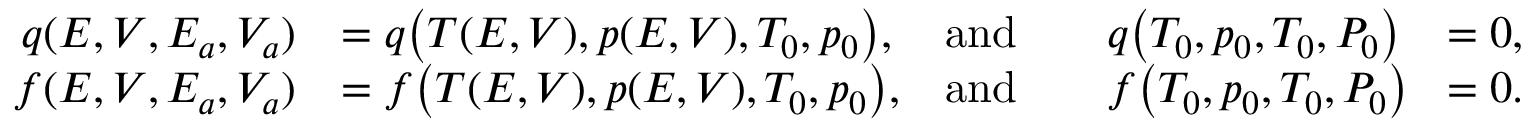
\begin{array} { r l r l r } { q ( E , V , E _ { a } , V _ { a } ) } & { = q \big ( T ( E , V ) , p ( E , V ) , T _ { 0 } , p _ { 0 } \big ) , } & { \mathrm { a n d } } & { \quad q \big ( T _ { 0 } , p _ { 0 } , T _ { 0 } , P _ { 0 } \big ) } & { = 0 , } \\ { f ( E , V , E _ { a } , V _ { a } ) } & { = f \big ( T ( E , V ) , p ( E , V ) , T _ { 0 } , p _ { 0 } \big ) , } & { \mathrm { a n d } } & { \quad f \big ( T _ { 0 } , p _ { 0 } , T _ { 0 } , P _ { 0 } \big ) \! } & { = 0 . } \end{array}